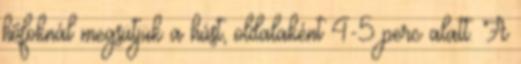
hőfoknál megsütjük a húst, oldalaként 4-5 perc alatt. A